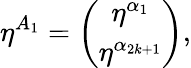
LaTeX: \eta^{A_{1}}=\left(\begin{array}{c}{{\eta^{\alpha_{1}}}}\\ {{\eta^{\alpha_{2k+1}}}}\end{array}\right),